Annual administration report of the Civil Veterinary Department of India - 1900-1901
Year: 1900
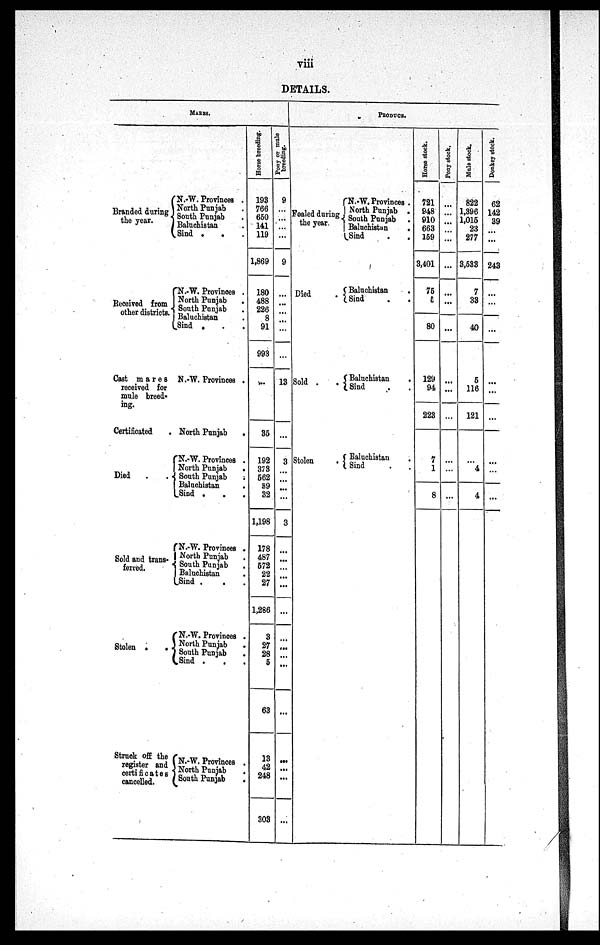
viii
DETAILS.
MARES.
Branded during
the year.
N.-W. Provinces .
North Punjab .
South Punjab .
Baluchistan .
Sind
. . .
Received from
other districts.
N.-W. Provinces .
North
South Punjab .
Baluchistan .
Sind . . .
Cast
mares
received for
mule breed.
ing.
Certificated
.
Died
. .
N.-W. Provinces .
North Punjab
.
N.-W. Provinces .
North Punjab
.
South Punjab .
Baluchistan .
Sind . . .
Sold and trans-
ferred.
N.-W. Provinces .
North Punjab .
South Punjab .
Baluchistan .
Sind . . .
Stolen . .
N.-W. Provinces .
North Punjab .
South Punjab .
Sind . . .
Stuck off the
register and
certificates
cancelled.
N.-W. Provinces .
North Punjab .
South Punjab .
Horse breeding.
193
766
650
141
119
1,869
180
488
226
8
91
993
...
35
192
373
562
39
32
1,198
178
487
572
22
27
1,286
3
27
28
5
63
13
42
248
303
Pony or mule
breeding.
9
...
...
...
...
9
...
...
... ...
...
13
...
3
...
...
...
...
3
...
...
...
...
...
...
...
...
...
...
...
...
...
...
...
PRODUCE
Foaled during
the year.
Died .
Sold . .
Stolen .
N.-W. Provinces .
North Punjab .
South Punjab .
Baluchistan
.
Sind . .
Baluchistan .
Sind . .
Baluchistan
.
Sind . .
Baluchistan .
Sind . .
Horse stock
721
948
910
663
159
3,401
75
5
80
129
94
223
7
1
8
Pony stock.
...
...
...
...
...
...
...
...
...
...
...
...
...
...
...
Mule stock.
822
1,396
1,015
23
277
3,533
7
33
40
5
116
121
...
4
4
Donkey stock.
62
142
39
...
...
243
...
...
...
...
...
...
...
...